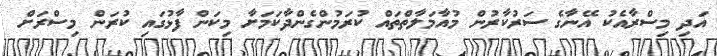
އަދި މިސްރާއެކު އޭނާގެ ސަރުކާރުން މުއާމަލާތްތައް ކުރަމުންގެންދާކަމަށާ މިކަން ފާޅުގައި ކުރަން މިސްރަށް